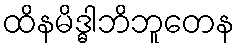
ထိနမိဒ္ဓါဘိဘူတေန